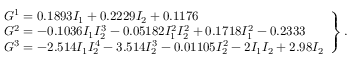
\left. \begin{array} { l } { G ^ { 1 } = 0 . 1 8 9 3 I _ { 1 } + 0 . 2 2 2 9 I _ { 2 } + 0 . 1 1 7 6 } \\ { G ^ { 2 } = - 0 . 1 0 3 6 I _ { 1 } I _ { 2 } ^ { 3 } - 0 . 0 5 1 8 2 I _ { 1 } ^ { 2 } I _ { 2 } ^ { 2 } + 0 . 1 7 1 8 I _ { 1 } ^ { 2 } - 0 . 2 3 3 3 } \\ { G ^ { 3 } = - 2 . 5 1 4 I _ { 1 } I _ { 2 } ^ { 4 } - 3 . 5 1 4 I _ { 2 } ^ { 3 } - 0 . 0 1 1 0 5 I _ { 2 } ^ { 2 } - 2 I _ { 1 } I _ { 2 } + 2 . 9 8 I _ { 2 } } \end{array} \right\} .